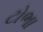
ટોભા